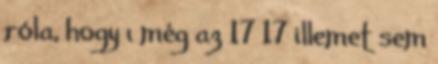
róla, hogy ı még az 17 17 illemet sem